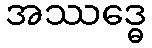
အဿဒ္ဓေ